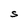
Character: S